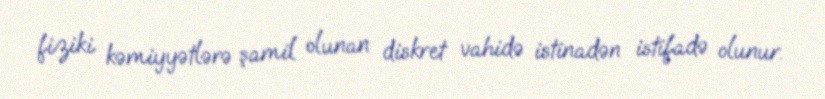
fiziki kəmiyyətlərə şamil olunan diskret vahidə istinadən istifadə olunur.